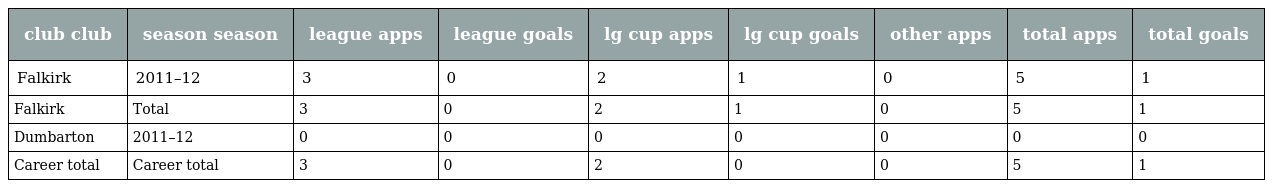
| club club | season season | league apps | league goals | lg cup apps | lg cup goals | other apps | total apps | total goals |
 | --- | --- | --- | --- | --- | --- | --- | --- | --- |
 | Falkirk | 2011–12 | 3 | 0 | 2 | 1 | 0 | 5 | 1 |
 | Falkirk | Total | 3 | 0 | 2 | 1 | 0 | 5 | 1 |
 | Dumbarton | 2011–12 | 0 | 0 | 0 | 0 | 0 | 0 | 0 |
 | Career total | Career total | 3 | 0 | 2 | 0 | 0 | 5 | 1 |